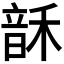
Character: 𬰻